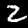
Label: 2